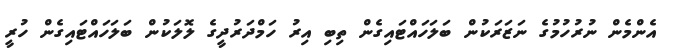
އެންމެން ނުރުހުމުގެ ނަޒަރަކުން ބަލަހައްޓައިގެން ތިބި އިރު ހަމްދަރުދީގެ ލޮލަކުން ބަލަހައްޓައިގެން ހުރީ